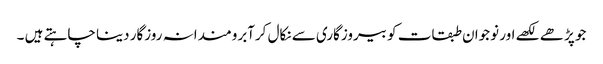
جو پڑھے لکھے اور نوجوان طبقات کو بیروزگاری سے نکال کرآبرومندانہ روزگار دینا چاہتے ہیں ۔